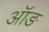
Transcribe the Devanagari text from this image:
ऑङ